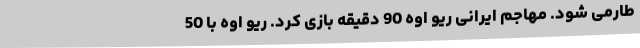
طارمی شود. مهاجم ایرانی ریو اوه 90 دقیقه بازی کرد. ریو اوه با 50